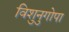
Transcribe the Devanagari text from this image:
विशुनुगोपा